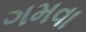
ગમવા